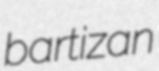
bartizan